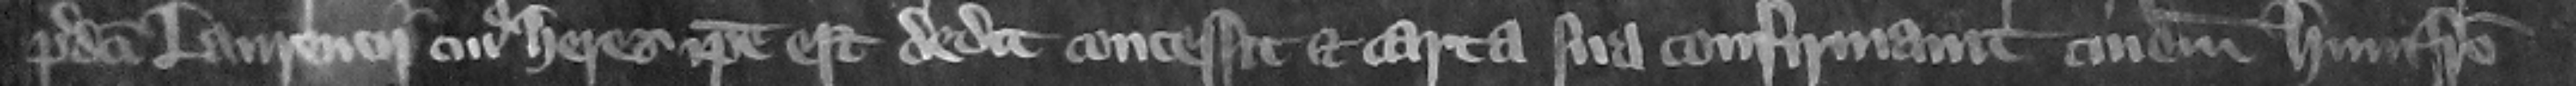
predicti Laurencii cuius heres ipse est dedit concessit et carta sua confirmauit cuidam Humfrido